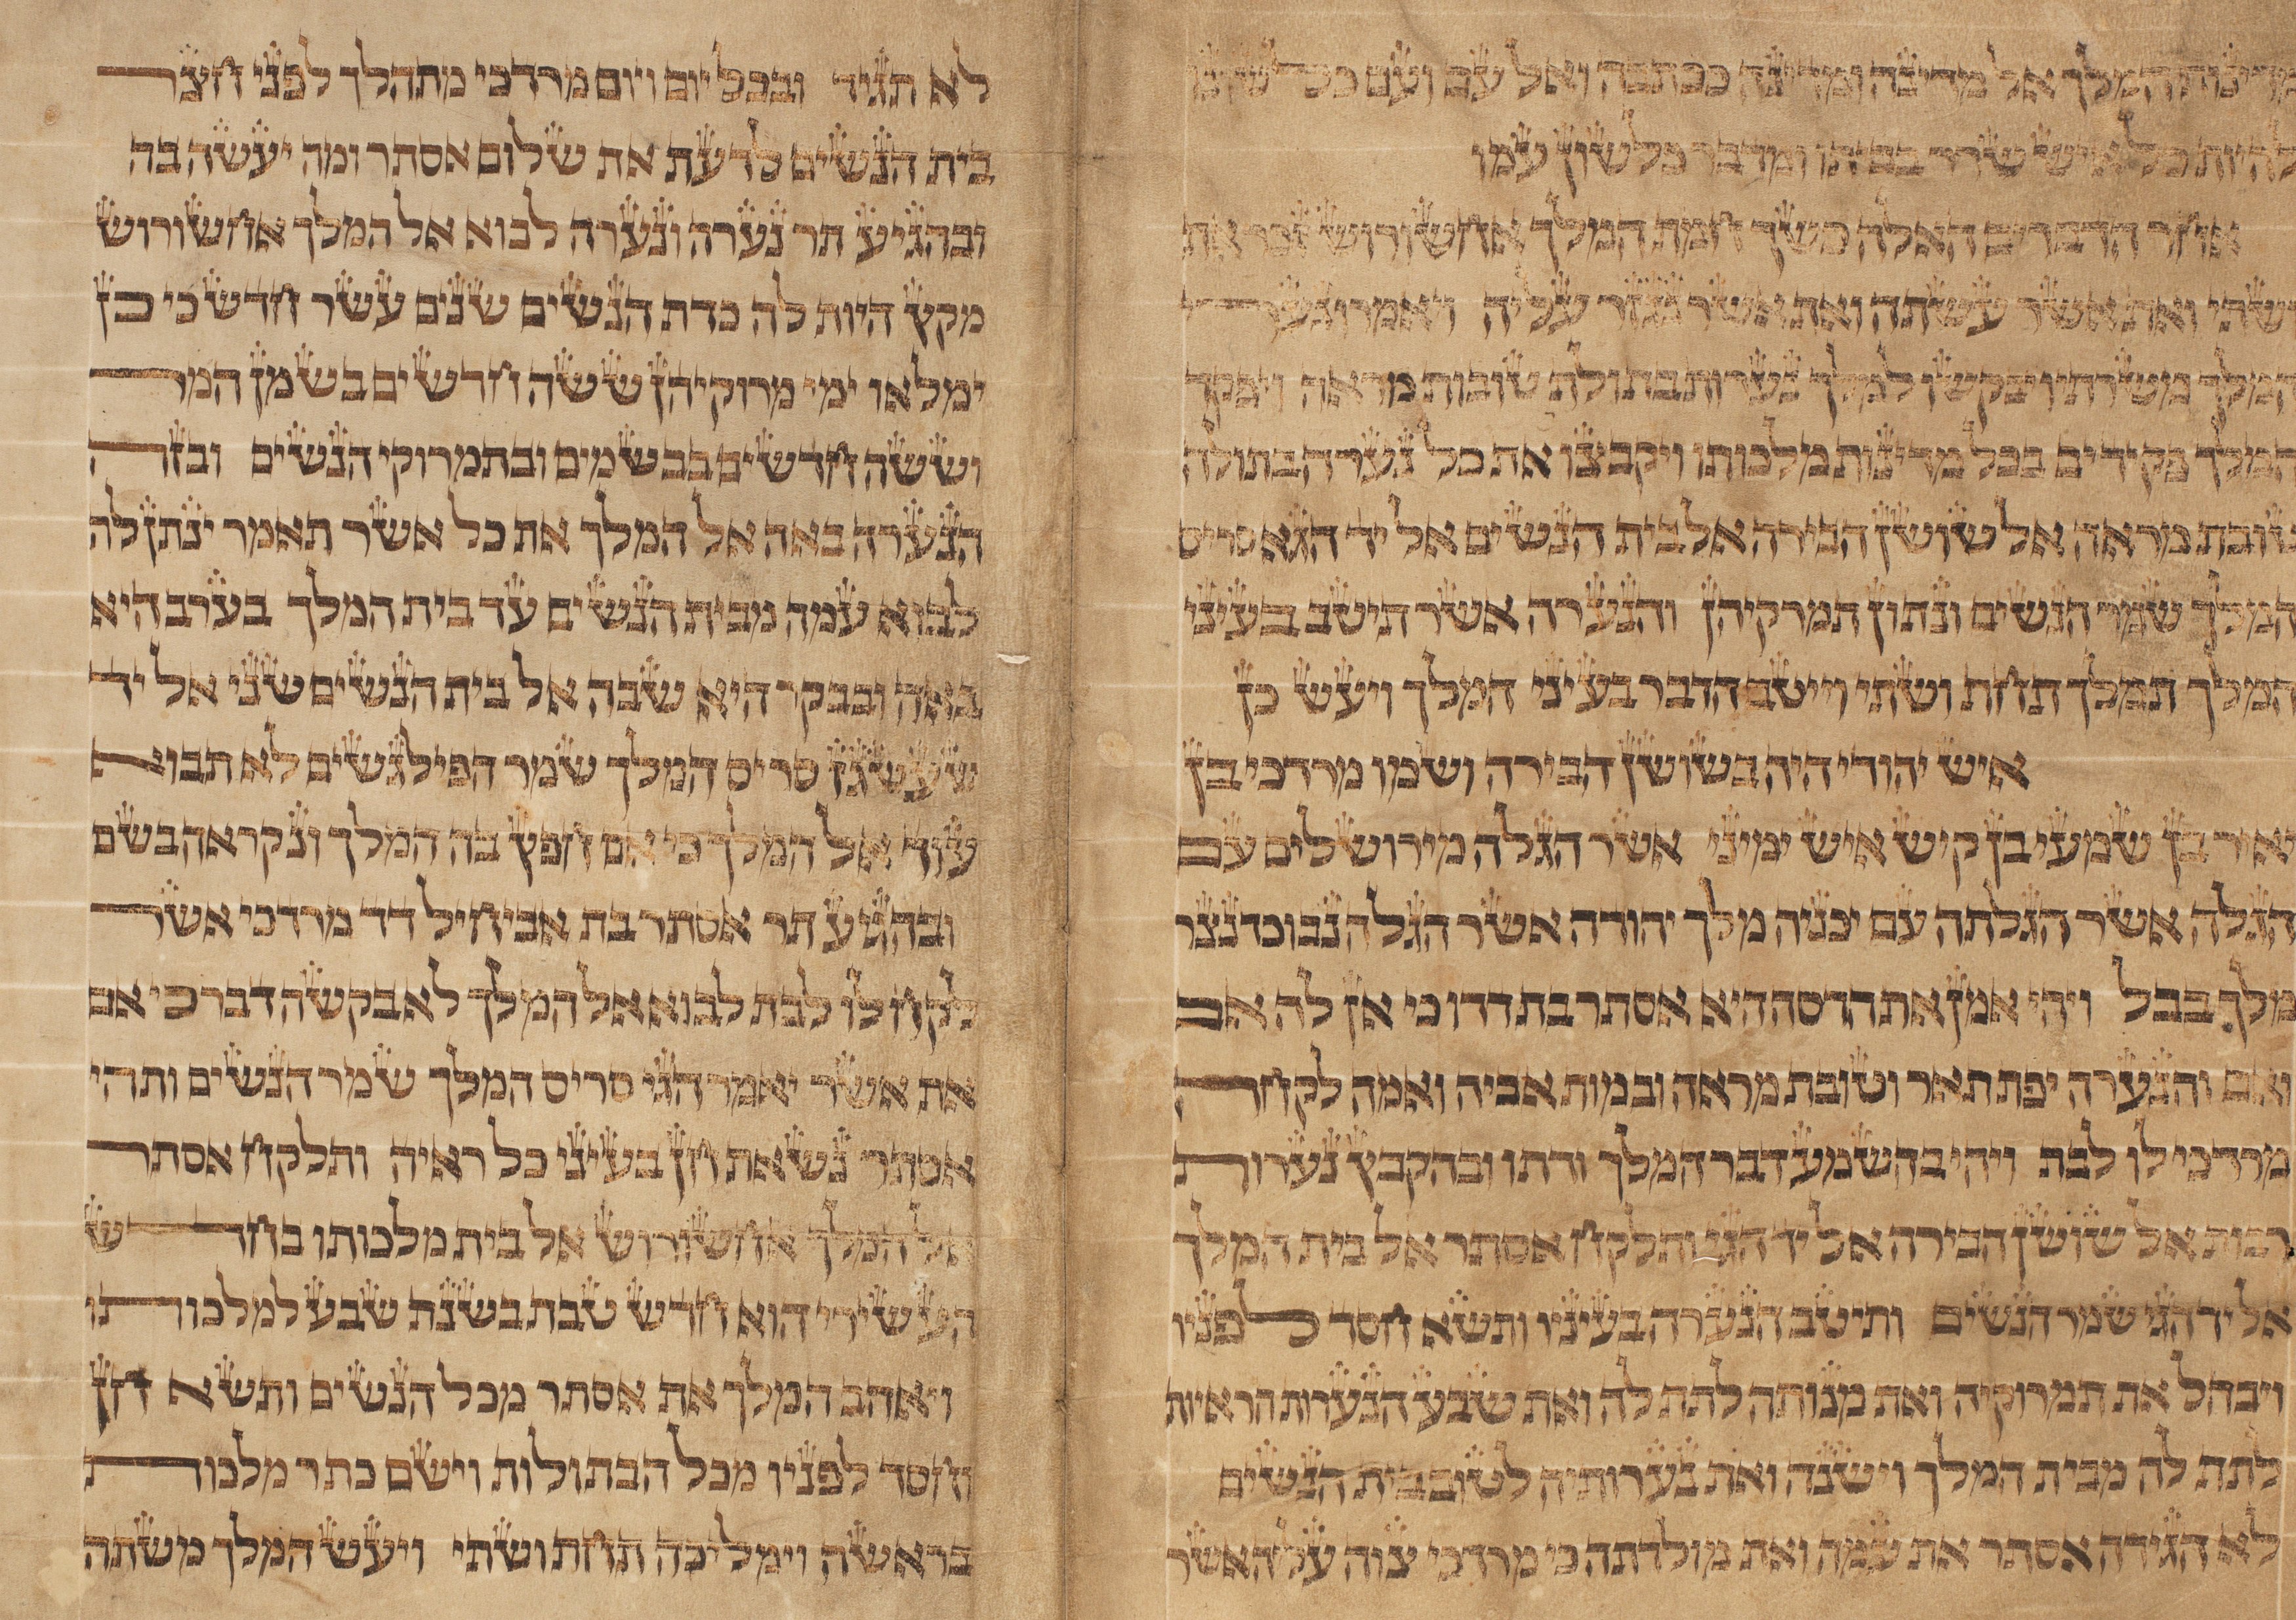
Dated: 1500–1515